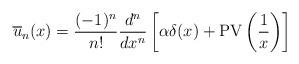
LaTeX: \begin{align*} \overline{u}_n(x) = \frac{(-1)^n}{n!} \frac{d^n}{dx^n} \left[ \alpha \delta(x) + \mathrm{PV}\left( \frac{1}{x} \right) \right] \end{align*}